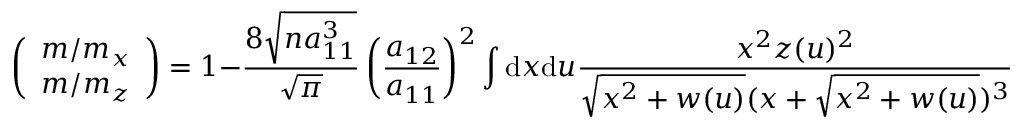
\left( \begin{array} { c } { m / m _ { x } } \\ { m / m _ { z } } \end{array} \right) = 1 - \frac { 8 \sqrt { n a _ { 1 1 } ^ { 3 } } } { \sqrt { \pi } } \left( \frac { a _ { 1 2 } } { a _ { 1 1 } } \right) ^ { 2 } \int \mathrm { d } x \mathrm { d } u \frac { x ^ { 2 } z ( u ) ^ { 2 } } { \sqrt { x ^ { 2 } + w ( u ) } ( x + \sqrt { x ^ { 2 } + w ( u ) } ) ^ { 3 } } \left( \begin{array} { c } { 1 - u ^ { 2 } } \\ { 2 u ^ { 2 } } \end{array} \right) .